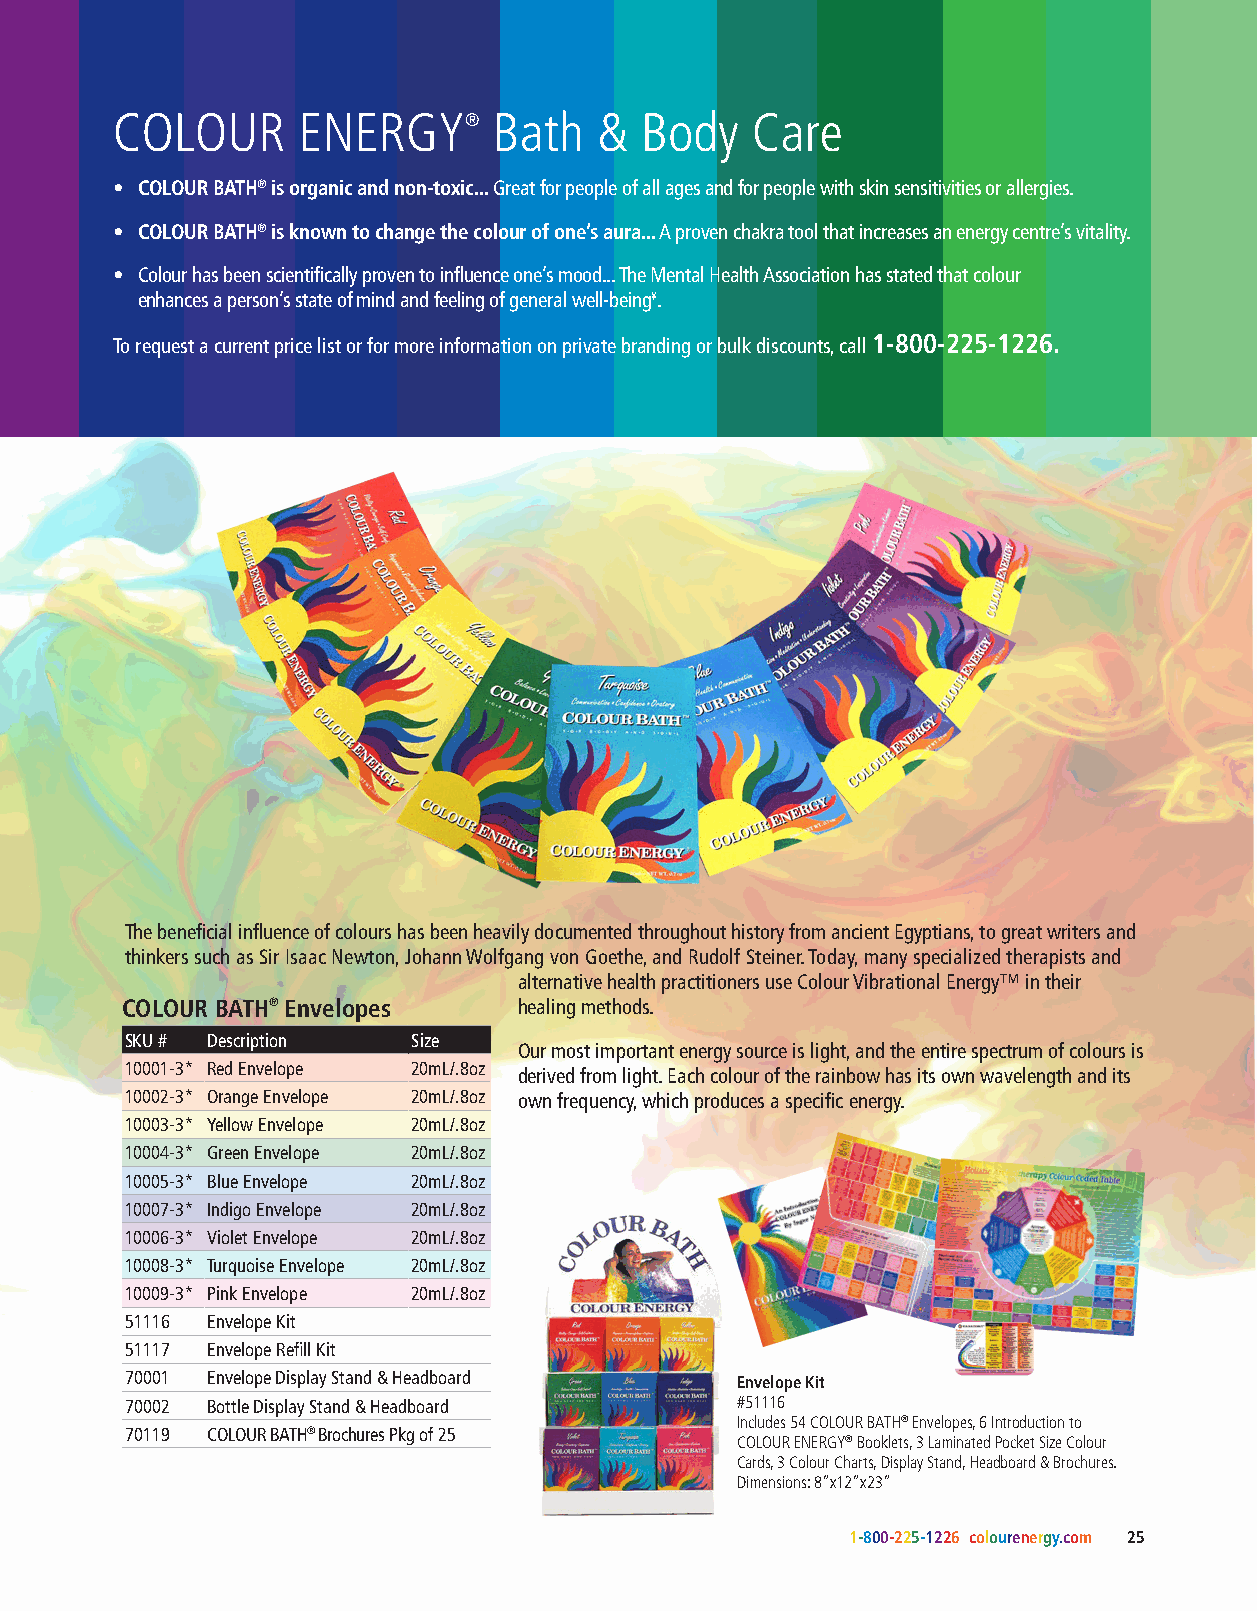
COLOUR       ENERGY®      Bath  &  Body    Care
 • COLOUR BATH® is organic and non-toxic... Great for people of all ages and for people with skin sensitivities or allergies.
 • COLOUR BATH® is known to change the colour of one’s aura... A proven chakra tool that increases an energy centre’s vitality.
 • Colour has been scientifically proven to influence one’s mood... The Mental Health Association has stated that colour
 enhances a person’s state of mind and feeling of general well-being¥.
 To request a current price list or for more information on private branding or bulk discounts, call 1-800-225-1226.
 The beneficial influence of colours has been heavily documented throughout history from ancient Egyptians, to great writers and
 thinkers such as Sir Isaac Newton, Johann Wolfgang von Goethe, and Rudolf Steiner. Today, many specialized therapists and
 alternative health practitioners use Colour Vibrational Energy™ in their
 COLOUR BATH® Envelopes    healing methods.
 SKU # Description  Size
 Our most important energy source is light, and the entire spectrum of colours is
 10001-3* Red Envelope 20mL/.8oz derived from light. Each colour of the rainbow has its own wavelength and its
 10002-3* Orange Envelope 20mL/.8oz own frequency, which produces a specific energy.
 10003-3* Yellow Envelope 20mL/.8oz
 10004-3* Green Envelope 20mL/.8oz
 10005-3* Blue Envelope 20mL/.8oz
 10007-3* Indigo Envelope 20mL/.8oz
 10006-3* Violet Envelope 20mL/.8oz
 10008-3* Turquoise Envelope 20mL/.8oz
 10009-3* Pink Envelope 20mL/.8oz
 51116 Envelope Kit
 51117 Envelope Refill Kit
 70001 Envelope Display Stand & Headboard Envelope Kit
 70002 Bottle Display Stand & Headboard   #51116
 Includes 54 COLOUR BATH® Envelopes, 6 Introduction to
 70119 COLOUR BATH® Brochures Pkg of 25
 COLOUR ENERGY® Booklets, 3 Laminated Pocket Size Colour
 Cards, 3 Colour Charts, Display Stand, Headboard & Brochures.
 Dimensions: 8”x12”x23”
 1-800-225-1226 colourenergy.com 25